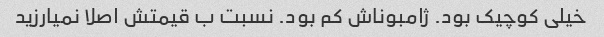
خیلی کوچیک بود. ژامبوناش کم بود. نسبت ب قیمتش اصلا نمیارزید